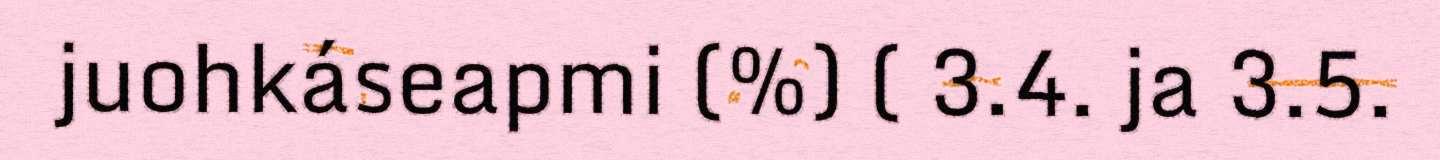
juohkáseapmi (%) ( 3.4. ja 3.5.